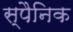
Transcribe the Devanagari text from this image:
स्पैनिक